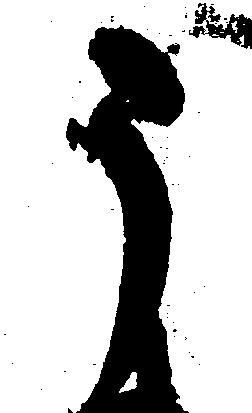
う